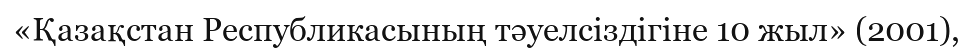
«Қазақстан Республикасының тәуелсіздігіне 10 жыл» (2001),